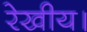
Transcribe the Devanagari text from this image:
रेखीय।